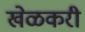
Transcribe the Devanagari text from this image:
खेळकरी